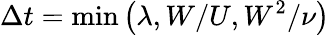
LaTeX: \Delta t=\operatorname*{min}{\left(\lambda,W/U,W^{2}/\nu\right)}